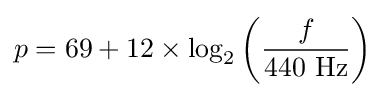
p=69+12\times \log _{2}{\left({\frac {f}{440{\mbox{ Hz}}}}\right)}